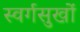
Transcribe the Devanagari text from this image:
स्वर्गसुखों